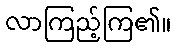
လာကြည့်ကြ၏။